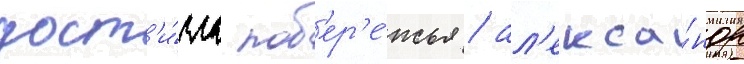
дост'и́гла поб'ер'е́жья / ал'екса́ндр